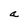
Character: a